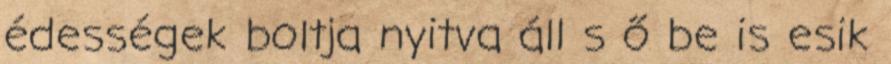
édességek boltja nyitva áll s ő be is esik